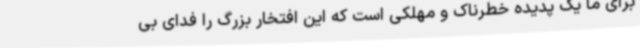
برای ما یک پدیده خطرناک و مهلکی است که این افتخار بزرگ را فدای بی